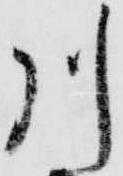
川